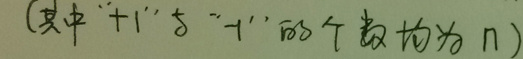
(其中“$+1$”与“$-1$”的个数均为$n$)